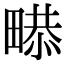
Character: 𤲻